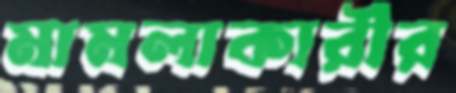
মামলাকারীর